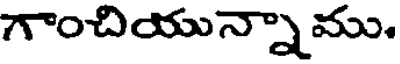
గాంచియున్నాము.